Insane asylums Bombay 1873-77 - 1873-1877
Year: 1873
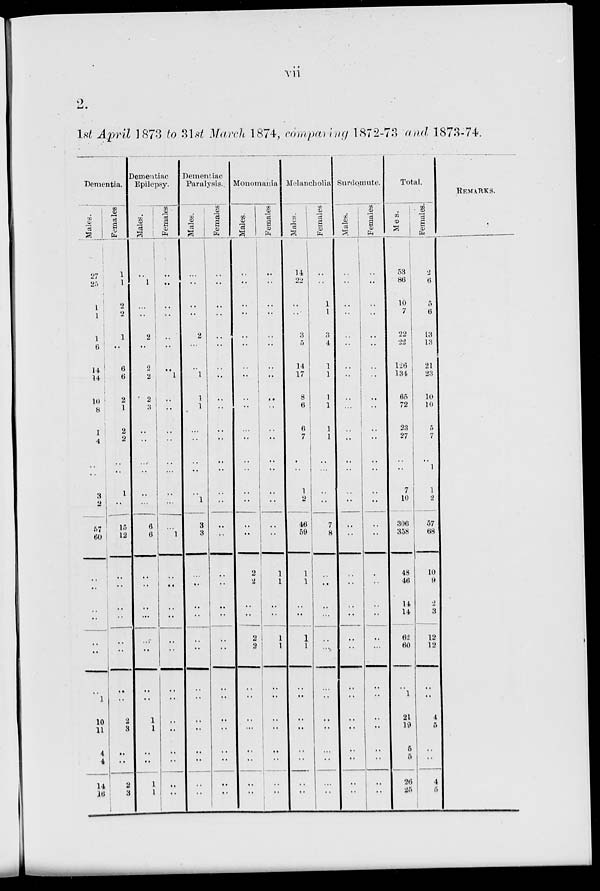
vii
2.
1st April 1873 to 31st March 1874, comparing 1872-73 and 1873-74.
Dementia.
Males.
27
25
1
1
1
6
14
14
10
8
1
4
..
3
2
57
60
..
..
..
..
..
..
..
1
10
11
4
4
14
10
Females
1
1
2
2
1
..
6
6
2
1
2
2
..
..
1
..
15
12
..
..
..
..
..
..
..
..
2
3
..
..
2
3
Dementiac
Epilepsy.
Males.
..
1
...
..
2
..
2
2
2
3
..
..
..
..
..
..
6
6
..
..
..
...
..
..
..
..
1
1
..
..
1
1
Females
..
..
..
..
..
..
..
1
..
..
..
..
....
...
..
..
...
1
..
..
..
..
..
..
..
..
..
..
..
..
..
..
Dementiac
Paralysis..
Males.
..
..
..
..
2
..
..
1
1
1
..
..
..
..
..
1
3
3
..
..
..
..
..
..
..
..
..
..
..
..
..
..
Females
..
..
..
..
..
..
..
..
..
..
..
..
..
..
..
..
..
..
..
..
..
..
..
..
..
..
..
..
..
..
..
..
Monomania
Males.
..
..
..
..
..
..
..
..
..
..
..
..
..
..
..
..
..
2
2
..
..
2
2
..
..
..
..
..
..
..
..
Females
..
..
..
..
..
..
..
..
..
..
..
..
..
..
..
..
..
..
1
1
..
..
1
1
..
..
..
..
..
..
..
..
Melancholia
Males.
14
22
..
..
3
5
14
17
8
6
6
7
..
..
1
2
46
59
1
1
..
..
1
1
..
..
..
..
..
..
..
..
Females
..
..
1
1
3
4
1
1
1
1
1
1
..
...
..
..
7
8
..
..
..
...
..
...
..
..
..
..
..
..
..
..
Surdomute.
Males.
..
..
..
..
..
..
..
..
..
...
..
..
..
..
..
..
..
..
..
..
..
..
..
..
..
..
..
..
..
..
..
..
Females
..
..
..
..
..
..
..
..
..
..
..
..
..
..
..
..
..
..
..
..
..
..
..
..
..
..
..
..
..
..
..
..
Total.
Males.
53
86
10
7
22
22
126
134
65
72
23
27
..
..
7
10
306
358
48
46
14
14
62
60
..
1
21
19
5
5
26
25
Females.
2
6
5
6
13
13
21
23
10
10
5
7
..
1
1
2
57
68
10
9
2
3
12
12
..
..
4
5
..
..
4
5
REMARKS.